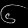
Digit: ၆